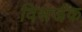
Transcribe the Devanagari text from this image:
विसर्जक